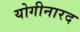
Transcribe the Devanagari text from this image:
योगीनारद